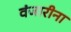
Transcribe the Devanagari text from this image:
वंजारीना